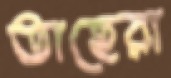
তাহেরা